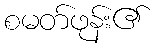
စမတ်ဖုန်း၏